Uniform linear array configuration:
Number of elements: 16
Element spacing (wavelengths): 1
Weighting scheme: hann
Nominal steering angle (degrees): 30
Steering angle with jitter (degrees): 29.365
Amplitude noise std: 0.05
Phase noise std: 0.05

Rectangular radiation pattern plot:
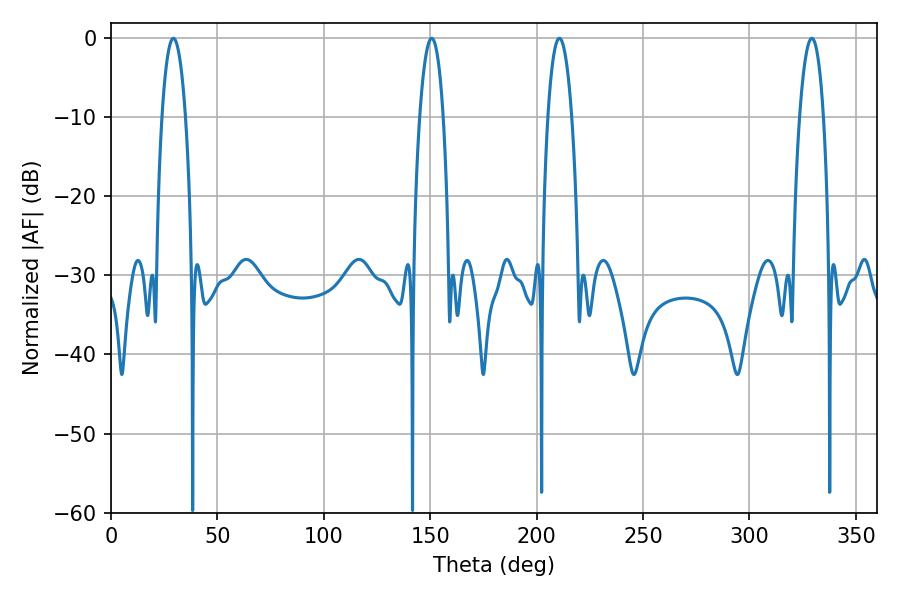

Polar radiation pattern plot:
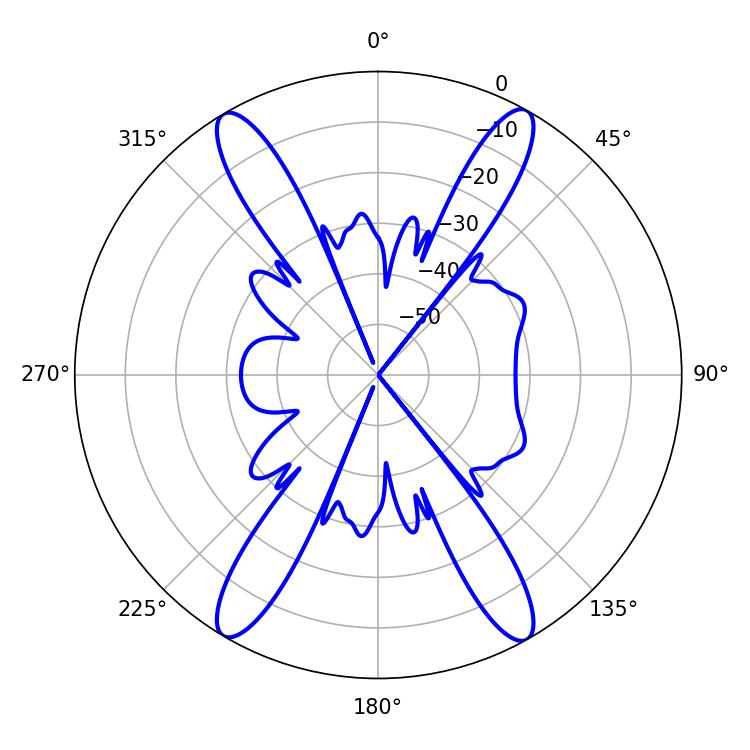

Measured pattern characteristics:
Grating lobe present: TRUE
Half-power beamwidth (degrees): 6.12
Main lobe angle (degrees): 150.66